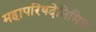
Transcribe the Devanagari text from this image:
महापरिषदेनिमित्त